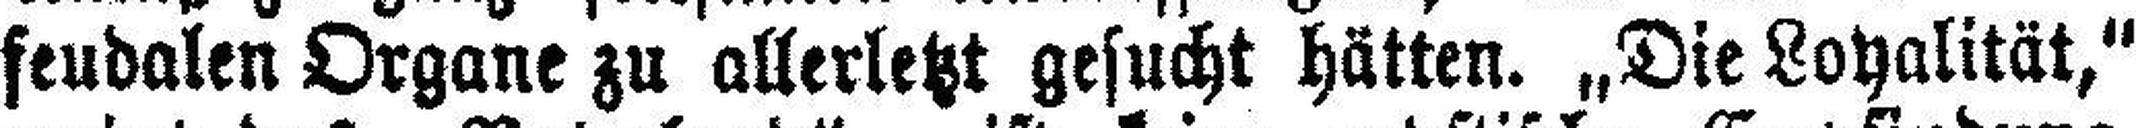
feudalen Organe zu allerletzt gesucht hätten. „Die Loyalität,“